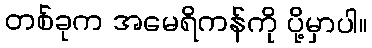
တစ်ခုက အမေရိကန်ကို ပို့မှာပါ။